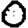
Digit: 0